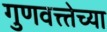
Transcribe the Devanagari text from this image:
गुणवत्त्तेच्या